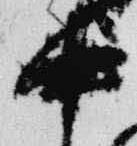
中